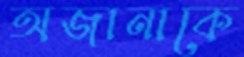
অজানাকে